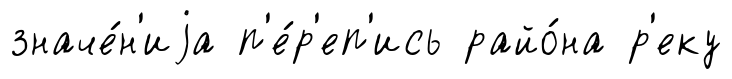
значе́н'иjа п'е́р'еп'ись райо́на р'еку